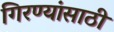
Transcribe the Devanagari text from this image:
गिरण्यांसाठी